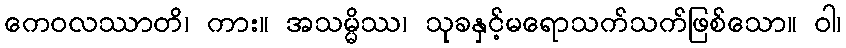
ကေဝလဿာတိ၊ ကား။ အသမ္မိဿ၊ သုခနှင့်မရောသက်သက်ဖြစ်သော။ ဝါ၊